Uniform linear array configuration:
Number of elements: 12
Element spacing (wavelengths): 1
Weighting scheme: uniform
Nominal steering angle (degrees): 60
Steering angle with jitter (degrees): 61.767
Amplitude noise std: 0.05
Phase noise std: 0.05

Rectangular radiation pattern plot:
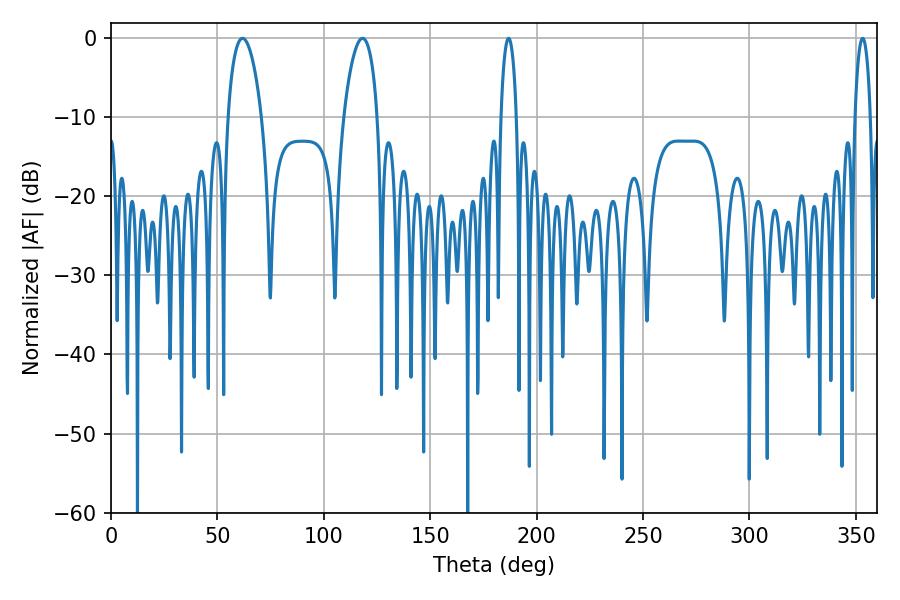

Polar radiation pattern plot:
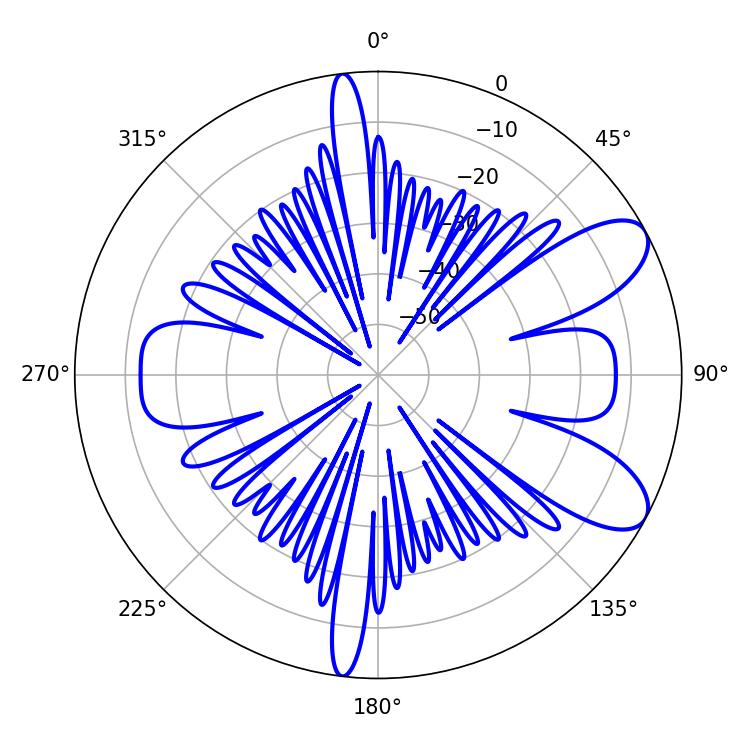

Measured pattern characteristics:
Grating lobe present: TRUE
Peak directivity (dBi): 8.708
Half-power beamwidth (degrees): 4.14
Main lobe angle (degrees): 186.84